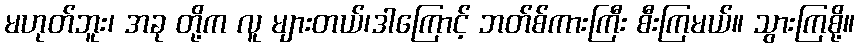
မဟုတ်ဘူး၊ အခု တို့က လူ များတယ်၊ဒါကြောင့် ဘတ်စ်ကားကြီး စီးကြမယ်။ သွားကြစို့။